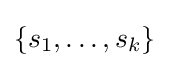
\{s_{1},\ldots ,s_{k}\}